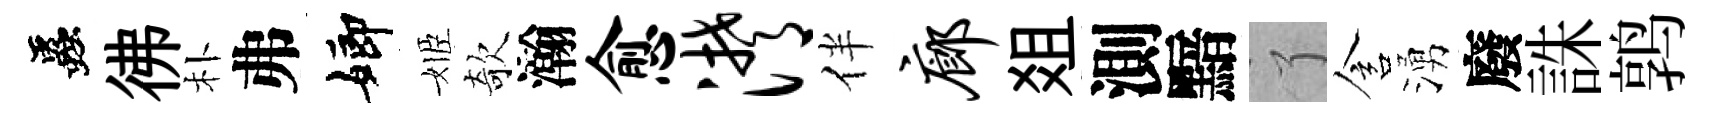
蟲彿朴弗嫏姬欹瀚愈潸伴廊爼測黯了含湧廢誅鹑